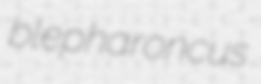
blepharoncus